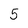
Character: 5